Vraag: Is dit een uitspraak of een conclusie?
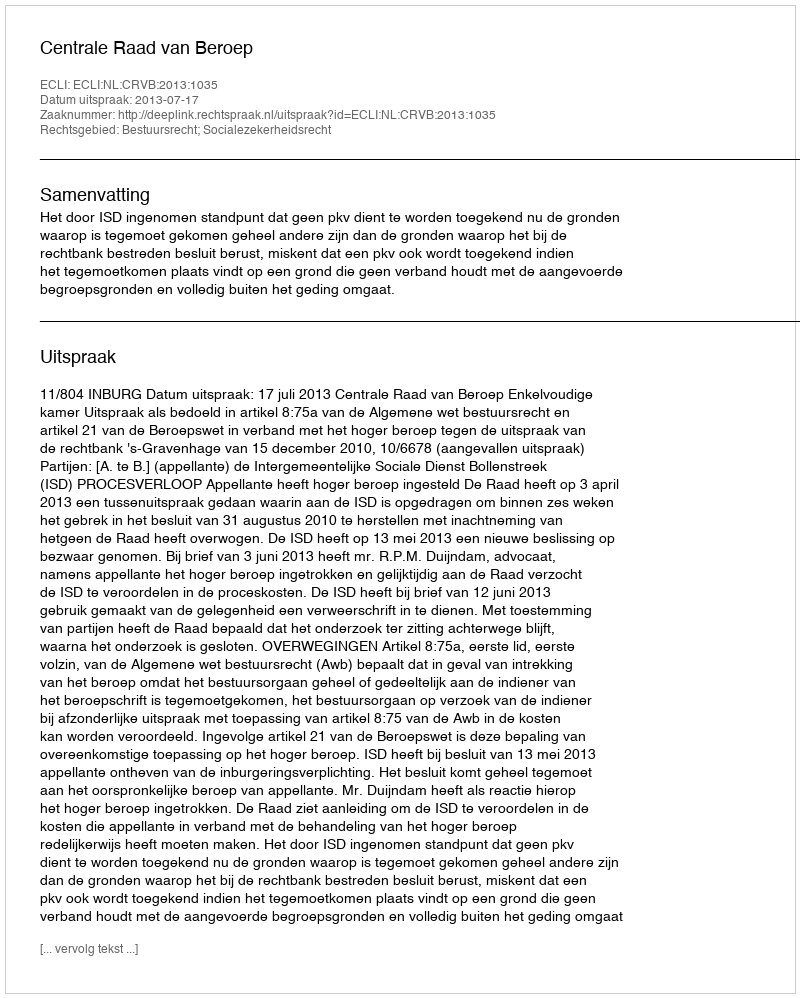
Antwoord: Uitspraak